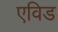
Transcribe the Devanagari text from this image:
एविड